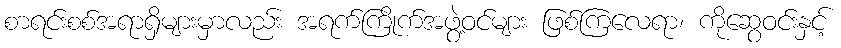
စာရင်းစစ်အရာရှိများမှာလည်း အရက်ကြိုက်အဖွဲ့ဝင်များ ဖြစ်ကြလေရာ၊ ကိုဆွေဝင်းနှင့်